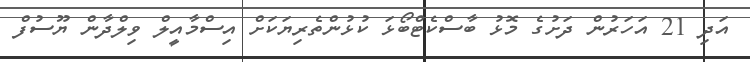
އަދި 21 އަހަރުން ދަށުގެ މޮޅު ބާސްކެޓްބޯޅަ ކުޅުންތެރިޔަކަށް އިސްމާއީލް ވިލްދާން ޔޫސުފް